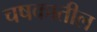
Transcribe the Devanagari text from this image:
चषकातील